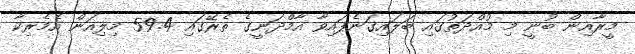
މީރާއިން ބުނީ މި މުއްދަތުގައި ބަލައިގަނެފައިވާ އާމްދަނީގެ ތެރޭގައި 59.4 މިލިއަން އެމެރިކާ